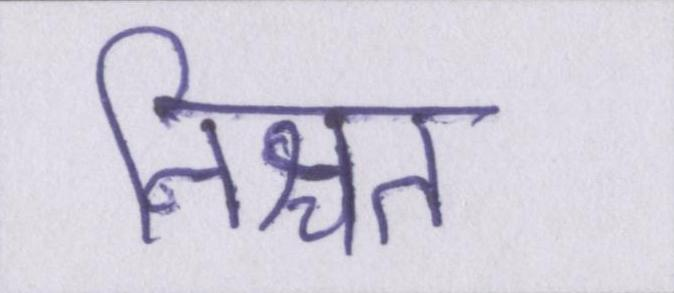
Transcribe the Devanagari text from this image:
निश्चत